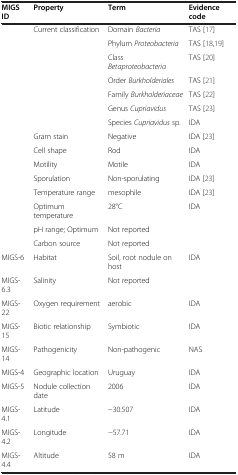
| MIGS ID | Property | Term | Evidence code |
 | --- | --- | --- | --- |
 | <ROWSPAN=7>  | <ROWSPAN=7> Current classification | Domain Bacteria | TAS [17] |
 | Phylum Proteobacteria | TAS [18,19] |
 | Class Betaproteobacteria | TAS [20] |
 | Order Burkholderiales | TAS [21] |
 | Family Burkholderiaceae | TAS [22] |
 | Genus Cupriavidus | TAS [23] |
 | Species Cupriavidus sp. | IDA |
 |  | Gram stain | Negative | IDA [23] |
 |  | Cell shape | Rod | IDA |
 |  | Motility | Motile | IDA |
 |  | Sporulation | Non-sporulating | IDA [23] |
 |  | Temperature range | mesophile | IDA [23] |
 |  | Optimum temperature | 28°C | IDA |
 |  | pH range; Optimum | Not reported |  |
 |  | Carbon source | Not reported |  |
 | MIGS-6 | Habitat | Soil, root nodule on host | IDA |
 | MIGS-6.3 | Salinity | Not reported |  |
 | MIGS-22 | Oxygen requirement | aerobic | IDA |
 | MIGS-15 | Biotic relationship | Symbiotic | IDA |
 | MIGS-14 | Pathogenicity | Non-pathogenic | NAS |
 | MIGS-4 | Geographic location | Uruguay | IDA |
 | MIGS-5 | Nodule collection date | 2006 | IDA |
 | MIGS-4.1 | Latitude | -30.507 | IDA |
 | MIGS-4.2 | Longitude | -57.71 | IDA |
 | MIGS-4.4 | Altitude | 58 m | IDA |